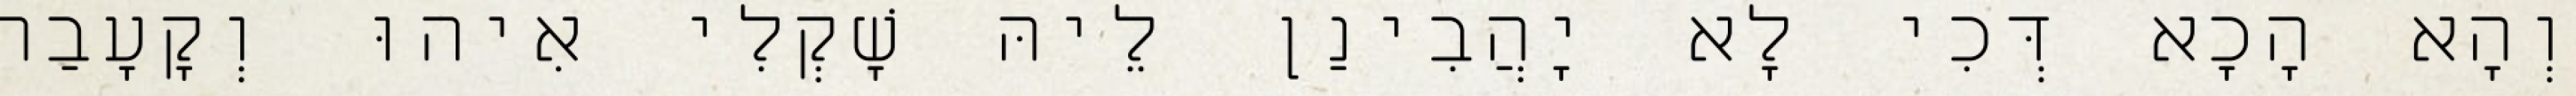
וְהָא הָכָא דְּכִי לָא יָהֲבִינַן לֵיהּ שָׁקְלִי אִיהוּ וְקָעָבַר